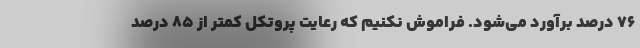
۷۶ درصد برآورد می‌شود. فراموش نکنیم که رعایت پروتکل کمتر از ۸۵ درصد